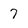
Character: 7